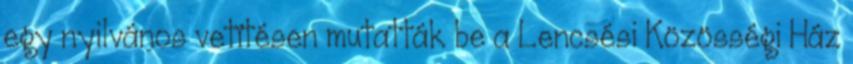
egy nyilvános vetítésen mutatták be a Lencsési Közösségi Ház